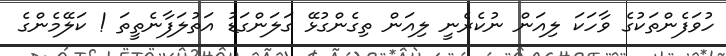
ހުވަފެންތަކުގެ ވާހަކަ ލިއަން ނުކެރެނީ ލިއަން ތިގެންގުޅޭ ގަލަންގަޑު އަތުލަފާނެތީތަ ! ކަލޭމެންގެ